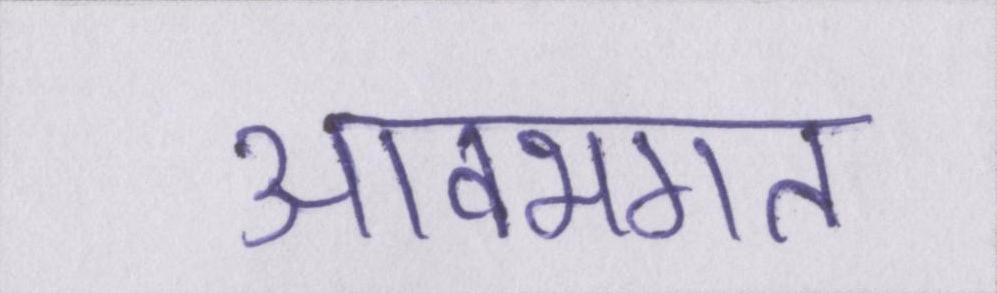
आवभगत